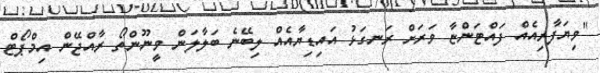
"ވިޔަފާރިއެއް ފައްޓަންޏާ ވަރަށް ރަނގަޅު އައިޑިޔާއެއް ލިބޭނެ ބަލާލަން ވީނޫންތޯ ރާއްޖޭން އިމްޕޯޓް